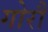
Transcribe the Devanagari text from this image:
गोरौ